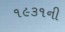
૧૯૩૧ની